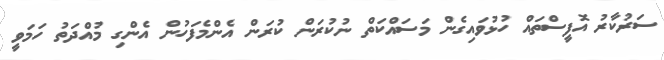
ސަރުކާރު އޮފީސްތައް ހުޅުވައިގެން މަސައްކަތް ނުކުރަން ކުރަން އެންމެފަހުން އެންގި މުއްދަތު ހަމަވީ